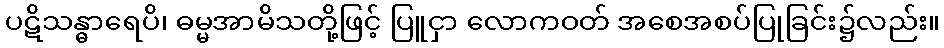
ပဋိသန္ဓာရေပိ၊ ဓမ္မအာမိသတို့ဖြင့် ပြူငှာ လောကဝတ် အစေအစပ်ပြုခြင်း၌လည်း။